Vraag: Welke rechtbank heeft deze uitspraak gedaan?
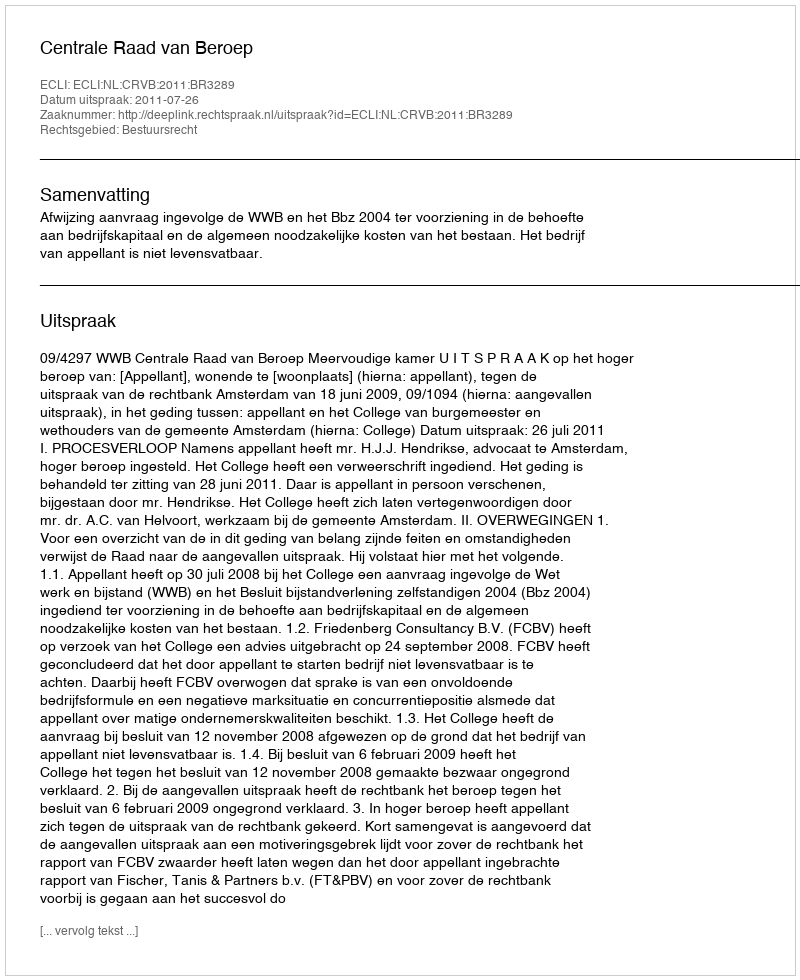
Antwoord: Centrale Raad van Beroep